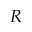
R